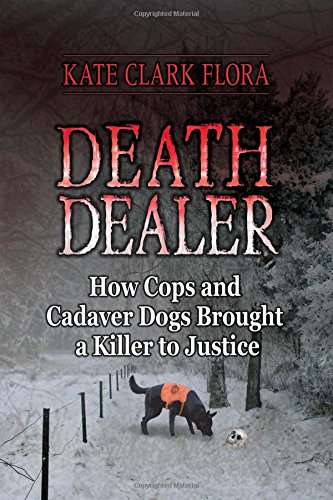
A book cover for Death Dealer: How Cops and Cadaver Dogs Brought a Killer to Justice; Kate Clark Flora; Biographies & Memoirs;